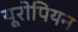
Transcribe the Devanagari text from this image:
यूरोपियन